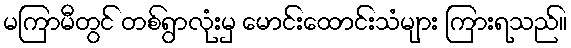
မကြာမီတွင် တစ်ရွာလုံးမှ မောင်းထောင်းသံများ ကြားရသည်။